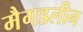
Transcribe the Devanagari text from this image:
मैगडलीन